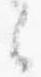
云